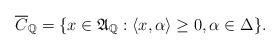
LaTeX: \begin{align*}\overline{C}_{\mathbb{Q}}= \{ x \in \mathfrak{A}_{\mathbb{Q}} : \langle x, \alpha \rangle \geq 0, \alpha \in \Delta \}.\end{align*}